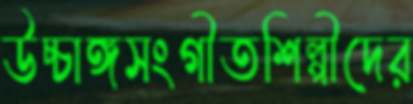
উচ্চাঙ্গসংগীতশিল্পীদের